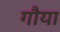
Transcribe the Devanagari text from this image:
गौया